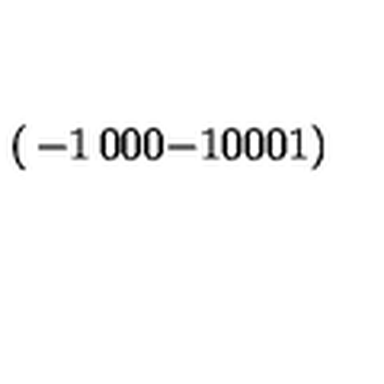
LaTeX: \left( \begin{matrix} { - 1 } & { 0 } & { 0 } \\ { 0 } & { - 1 } & { 0 } \\ { 0 } & { 0 } & { 1 } \\ \end{matrix} \right)